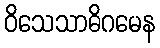
ဝိသေသာဓိဂမေန